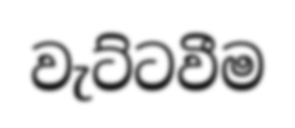
වැට්ටවීම